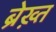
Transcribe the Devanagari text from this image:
ब्रेख़्त